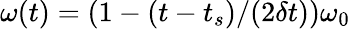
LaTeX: \omega(t)={\left(1-(t-t_{s})/(2\delta t)\right)}\omega_{0}